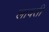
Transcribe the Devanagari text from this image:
लावती